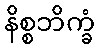
နိစ္စဘိက္ခံ